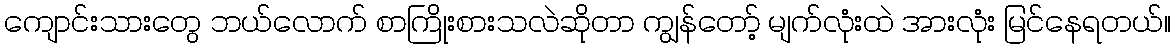
ကျောင်းသားတွေ ဘယ်လောက် စာကြိုးစားသလဲဆိုတာ ကျွန်တော့် မျက်လုံးထဲ အားလုံး မြင်နေရတယ်။